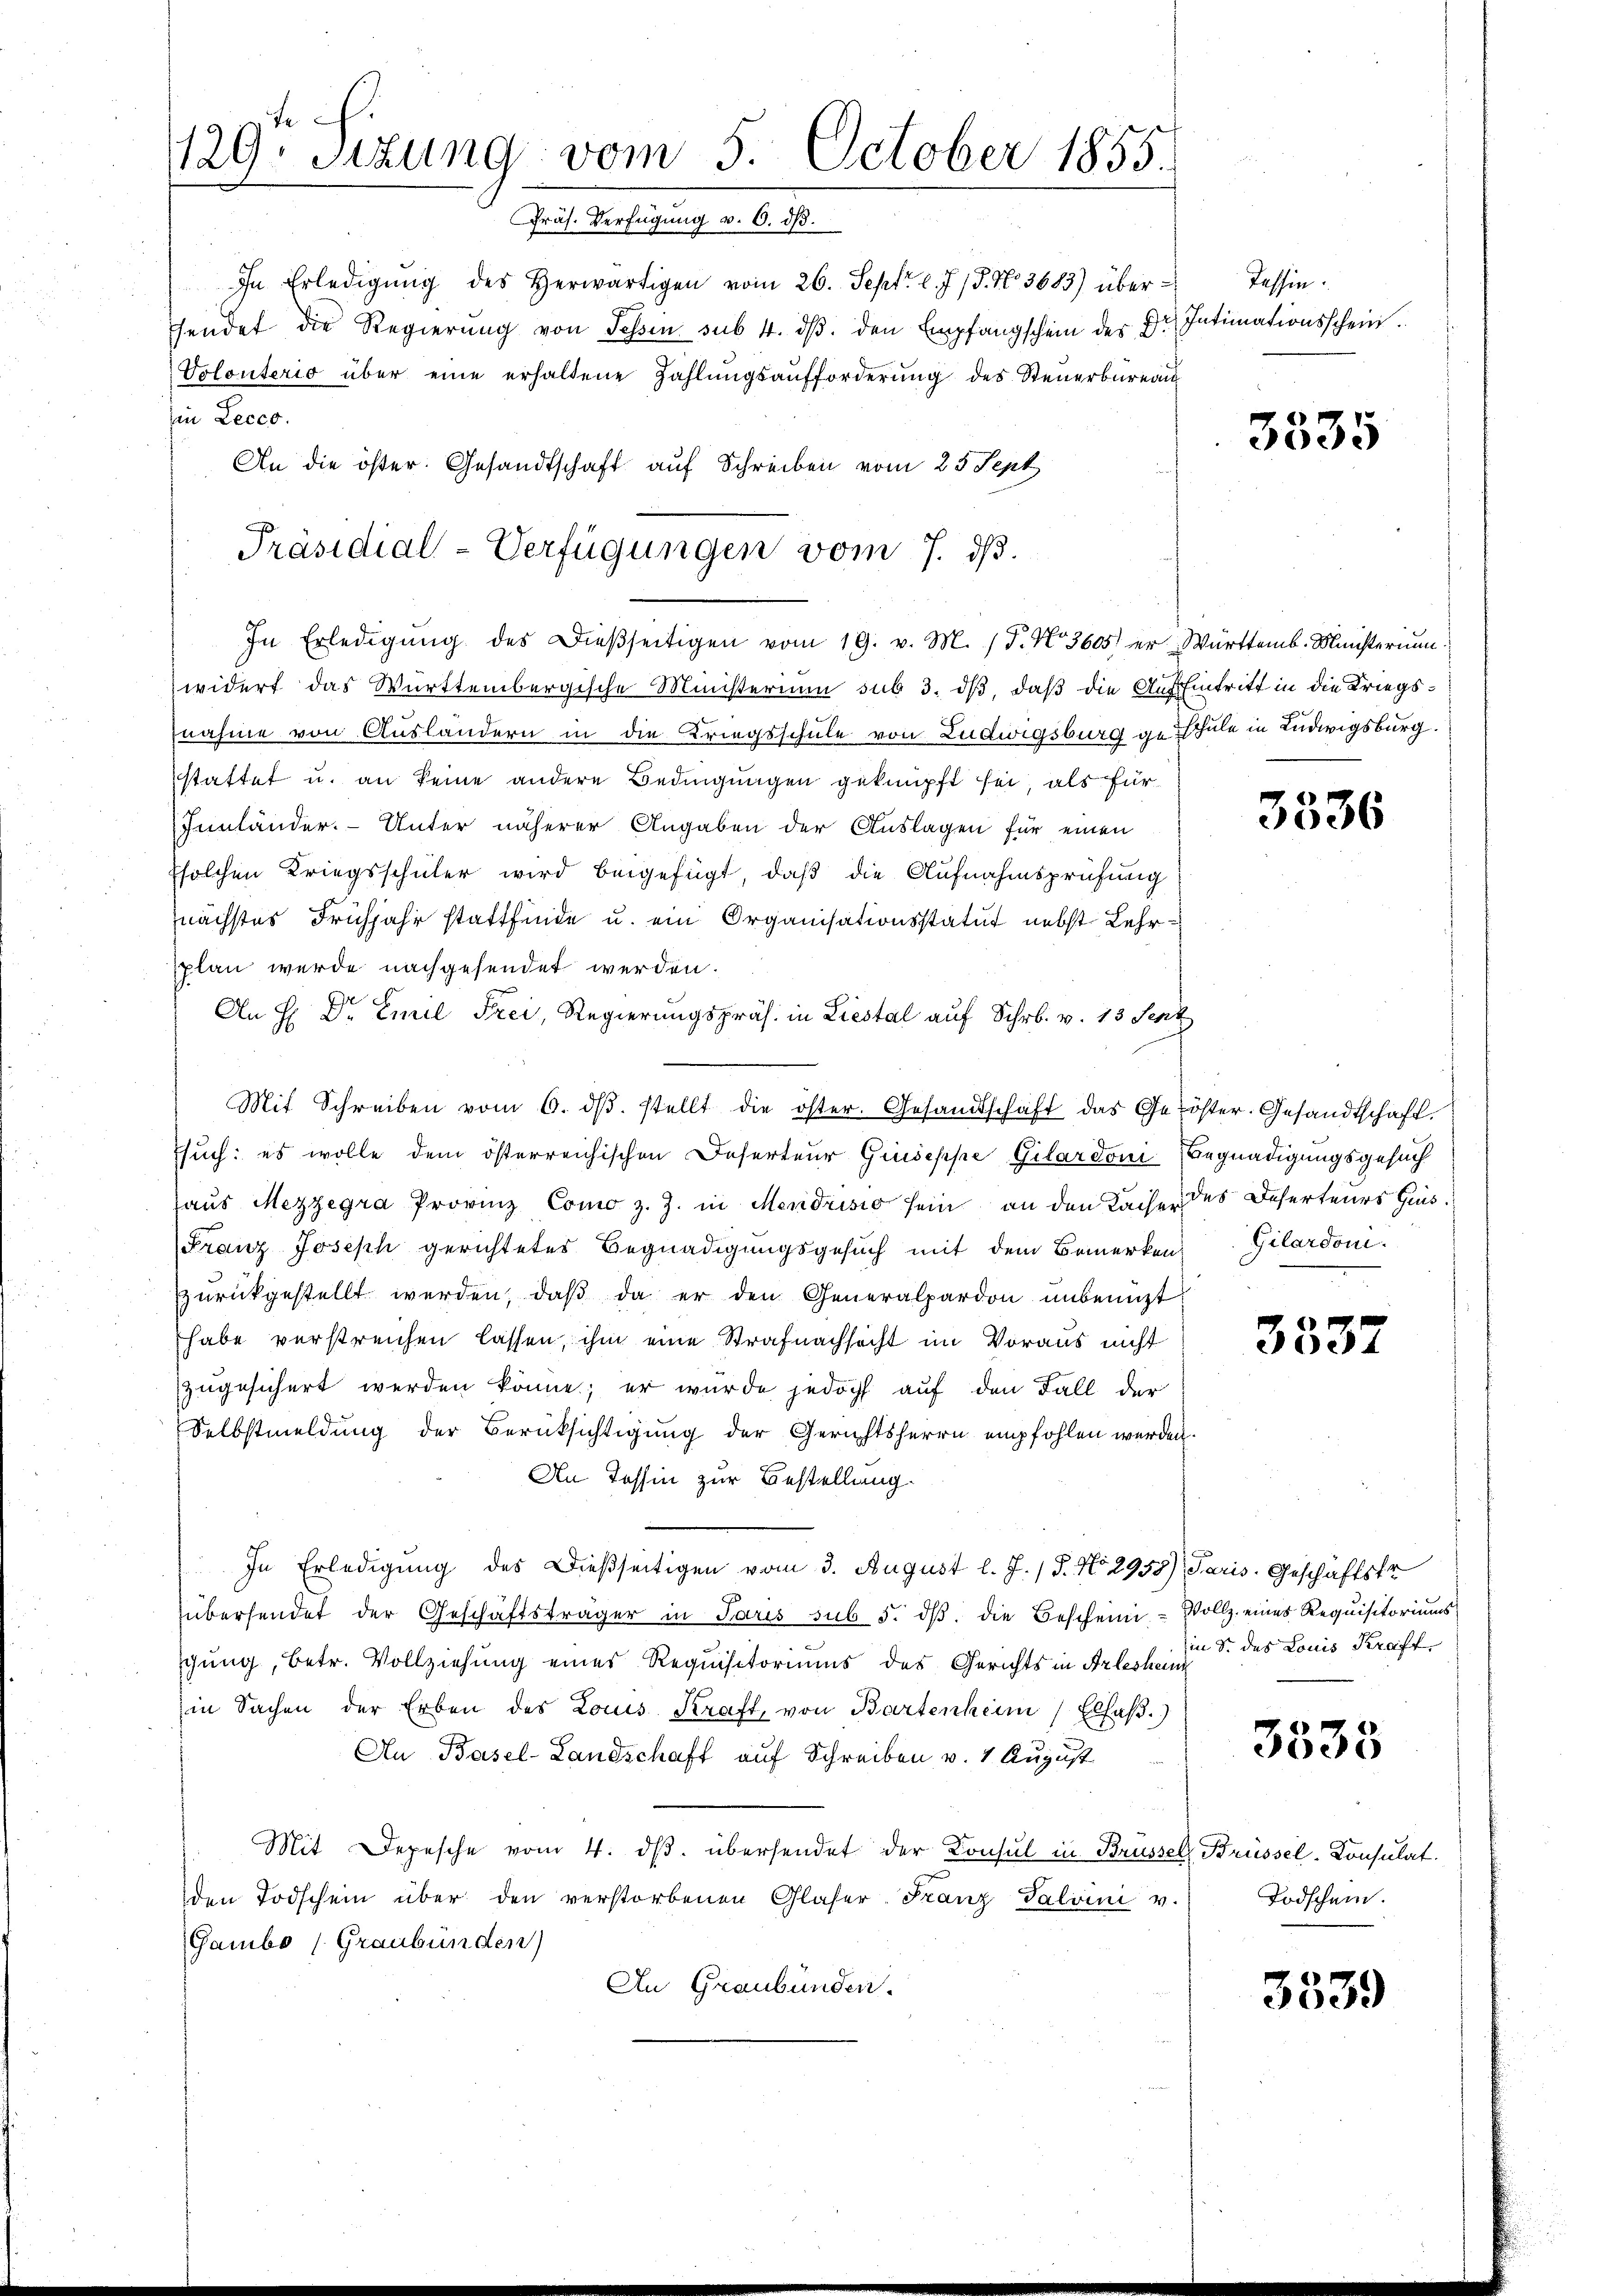
129. Sizung vom 5. October 1855.
Präs. Verfügung v. 6. ds.

In Erledigŭng des herwärtigen vom 26. Sept. l. J. 18. No. 3683) überffendet die Regierung von Sessen sub 4. dβ. den Empfangschein der Dr. Intimationsschein
Volonterio über eine erhaltene Zahlŭngsaufforderŭng des Steŭerbüreau
in Lecco.
An die öster. Gesandtschaft auf Schreiben vom 25 Sept

widert das Württembergische Ministerium sub 3. dβ, daß die Auf Eintritt in die Kriegsnahme von Ausländern in die Kriegsschule von Ludwigsburg geschule in Ludwigsburg.
stattet u. an keine andere Bedingungen geknüpft sei, als für
Iinländer. Unter näherer Angaben der Auslagen für einen
solchen Kriegsschüler wird beigefügt, daß die Aufnahmsprüfung
nächstes Frühjahr stattfinde u. ein Organisationsstatut nebst Lehrsplan werde nachgesendet werden.
An H: Dr. Emil Frei, Regierungspräs. in Liestal auf Schr. v. 13 Senz
Mit Schreiben vom 6. dβ. stellt die öster. Gesandtschaft das Geröster. Gesandtschaft.
such: es wolle dem österreichischen Deserteur Giuseppe Gilardoni Begnadigungsgesuch
haus Mezzegra Provinz Como z. Z. in Mendrisio sein an den Kaiser des Deserteurs Hins¬
Franz Joseph gerichtetes Begnadigungsgesuch mit dem Bemerken. Gilardon.
zurückgestellt werden, daß da er den Generalpardon unbenuzt
habe verstreichen lassen, ihm eine Strafnachsicht im Voraus nicht
zugesichert werden könne; er wurde jedoch auf den Fall der
Selbstmeldung der Berücksichtigung der Gerichtsherrn empfohlen werden.
An Tessin zur Bestellung.
In Erledigung des Dießseitigen vom 3. August l. J. / 5. No 2958) Paris. Geschäftstr
übersendet der Geschäftsträger in Paris sub 5. dβ. die Bescheini-Vollz eines Requisitoriums
gung, betr. Vollziehung eines Requisitoriums des Gerichts in Arleshein
in Sachen der Erben des Louis Kraft, von Bartenheim Elfaβ.)
An Basel-Landschaft auf Schreiben v. 4 August
Mit Depesche vom 4. dβ. übersendet der Konsul in Brüssel, Brüssel-Konsulat
den Todschein über den verstorbenen Glaser-Franz Salvini v.
Gambo (Graubünden)
An Graubünden.

Präsidial-Verfügungen vom 7. ds.
In Erledigŭng des Dießseitigen vom 19. v. M. (T. No. 3605) der Württemb. Ministerium

Tessin.

3335

3336

3535

in S. des Louis Kraft,

3335

Todschein.

3539